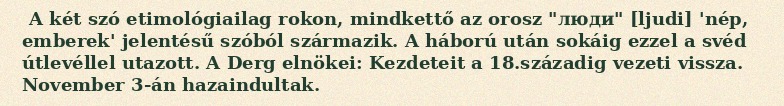
A két szó etimológiailag rokon, mindkettő az orosz "люди" [ljudi] 'nép, emberek' jelentésű szóból származik. A háború után sokáig ezzel a svéd útlevéllel utazott. A Derg elnökei: Kezdeteit a 18.századig vezeti vissza. November 3-án hazaindultak.